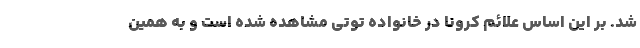
شد. بر این اساس علائم کرونا در خانواده توتی مشاهده شده است و به همین